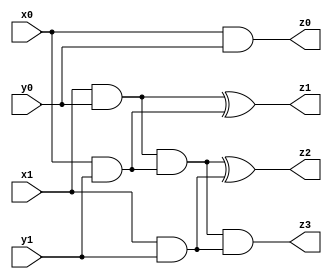
module bin_mul_2_2(
	input wire x1, x0,
	input wire y1, y0,
	output wire z3, z2, z1, z0
);

	and(z0, x0, y0);

	wire t1, t2;
	and(t1, x1, y0);
	and(t2, x0, y1);
	xor(z1, t1, t2);

	wire t3, t4;
	and(t3, x1, y1);
	and(t4, t1, t2);
	xor(z2, t4, t3);

	and(z3, t4, t3);

endmodule